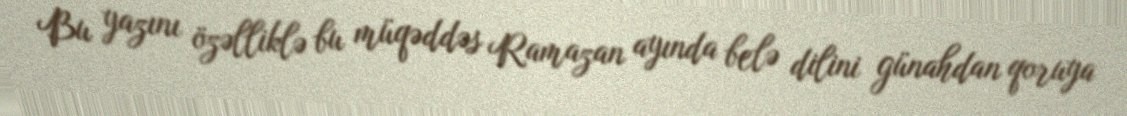
Bu yazını özəlliklə bu müqəddəs Ramazan ayında belə dilini günahdan qoruya